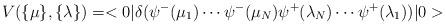
LaTeX: \begin{align*}V(\{\mu\},\{\lambda\})=<0|\delta(\psi^-(\mu_1)\cdots\psi^-(\mu_N)\psi^+(\lambda_N)\cdots\psi^+(\lambda_1))|0>\end{align*}